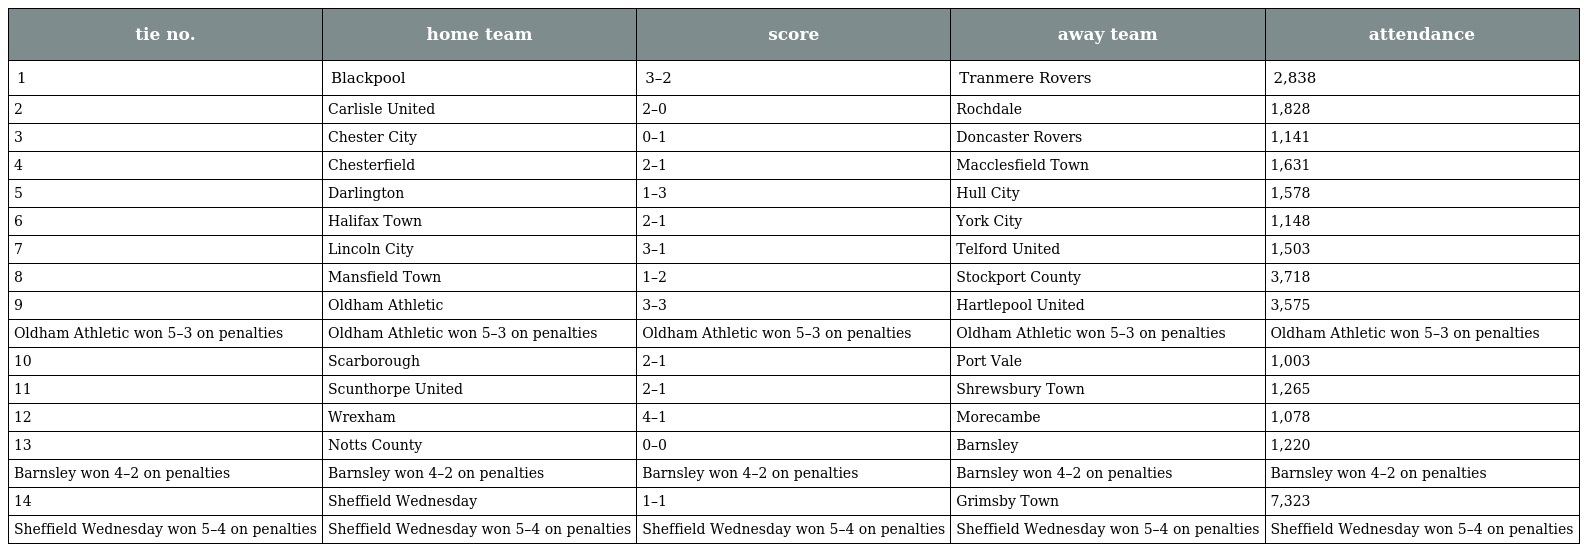
| tie no. | home team | score | away team | attendance |
 | --- | --- | --- | --- | --- |
 | 1 | Blackpool | 3–2 | Tranmere Rovers | 2,838 |
 | 2 | Carlisle United | 2–0 | Rochdale | 1,828 |
 | 3 | Chester City | 0–1 | Doncaster Rovers | 1,141 |
 | 4 | Chesterfield | 2–1 | Macclesfield Town | 1,631 |
 | 5 | Darlington | 1–3 | Hull City | 1,578 |
 | 6 | Halifax Town | 2–1 | York City | 1,148 |
 | 7 | Lincoln City | 3–1 | Telford United | 1,503 |
 | 8 | Mansfield Town | 1–2 | Stockport County | 3,718 |
 | 9 | Oldham Athletic | 3–3 | Hartlepool United | 3,575 |
 | Oldham Athletic won 5–3 on penalties | Oldham Athletic won 5–3 on penalties | Oldham Athletic won 5–3 on penalties | Oldham Athletic won 5–3 on penalties | Oldham Athletic won 5–3 on penalties |
 | 10 | Scarborough | 2–1 | Port Vale | 1,003 |
 | 11 | Scunthorpe United | 2–1 | Shrewsbury Town | 1,265 |
 | 12 | Wrexham | 4–1 | Morecambe | 1,078 |
 | 13 | Notts County | 0–0 | Barnsley | 1,220 |
 | Barnsley won 4–2 on penalties | Barnsley won 4–2 on penalties | Barnsley won 4–2 on penalties | Barnsley won 4–2 on penalties | Barnsley won 4–2 on penalties |
 | 14 | Sheffield Wednesday | 1–1 | Grimsby Town | 7,323 |
 | Sheffield Wednesday won 5–4 on penalties | Sheffield Wednesday won 5–4 on penalties | Sheffield Wednesday won 5–4 on penalties | Sheffield Wednesday won 5–4 on penalties | Sheffield Wednesday won 5–4 on penalties |